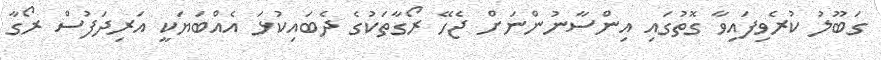
ގަބޫލު ކުރެވިފައިވާ ގޮތުގައި އިންސާނުންނަށް ޖެހޭ ރޯގާތަކުގެ ދެބައިކުޅަ އެއްބަޔަކީ އަރިދަފުސް ރޯގާ